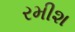
રમીશ